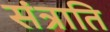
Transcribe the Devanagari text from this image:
संत्राति